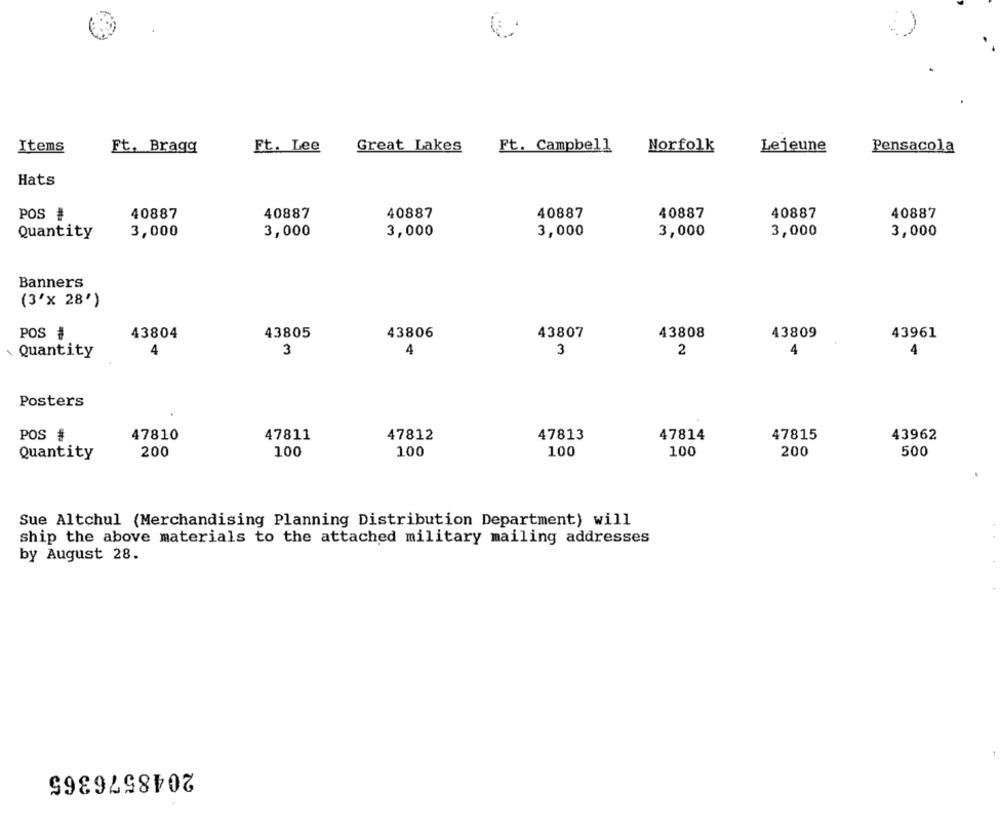
Items
Ft. Bragg
Et. Lee
Great Lakes
Ft. Campbell
Norfolk
Lejeune
Pensacola
Hats
POS #
40887
40887
40887
40887
40887
40887
40887
Quantity
3,000
3,000
3,000
3,000
3,000
3,000
3,000
Banners
(3'x 28')
POS #
43804
43805
43806
43807
43808
43809
43961
3
4
3
2
Quantity
4
4
Posters
pos #
47810
47811
47812
47813
47814
47815
43962
200
100
100
100
500
Quantity
100
200
Sue Altchul (Merchandising Planning Distribution Department) will
ship the above materials to the attached military mailing addresses
by August 28.
2048576365